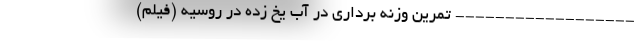
------------------ تمرین وزنه برداری در آب یخ زده در روسیه (فیلم)